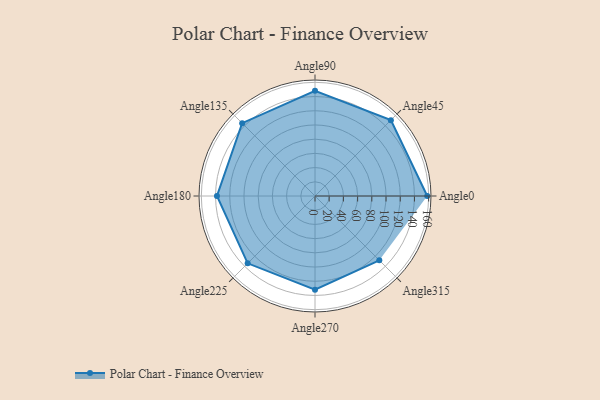
{"axis": {"x": "Angle", "y": "Radius"}, "legend": [""], "data": [{"x": "Angle0", "y": 158.0, "type": ""}, {"x": "Angle45", "y": 151.0, "type": ""}, {"x": "Angle90", "y": 148.0, "type": ""}, {"x": "Angle135", "y": 145.0, "type": ""}, {"x": "Angle180", "y": 138.0, "type": ""}, {"x": "Angle225", "y": 134.0, "type": ""}, {"x": "Angle270", "y": 132.0, "type": ""}, {"x": "Angle315", "y": 128.0, "type": ""}]}